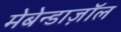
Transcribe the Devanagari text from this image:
मेबेन्डाज़ॉल